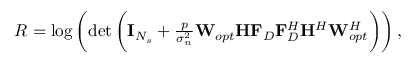
\begin{array} { r } { R = \log \left( \operatorname* { d e t } \bigg ( \mathbf { I } _ { N _ { s } } + \frac { p } { \sigma _ { n } ^ { 2 } } { { { { { \mathbf { W } } _ { o p t } } } } { \mathbf { H } } { \mathbf { F } _ { D } } } { { { \mathbf { F } } _ { D } ^ { H } } { { \mathbf { H } } ^ { H } } { { { \mathbf { W } } _ { o p t } ^ { H } } } } \bigg ) \right) , } \end{array}